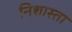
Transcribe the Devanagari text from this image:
निशास्ता